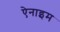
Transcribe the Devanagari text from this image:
ऐनाइम